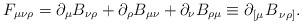
\begin{align*}F_{\mu \nu \rho }=\partial _\mu B_{\nu \rho }+\partial _\rho B_{\mu\nu }+\partial _\nu B_{\rho \mu }\equiv \partial _{\left[ \mu \right.}B_{\left. \nu \rho \right] }.\end{align*}